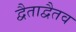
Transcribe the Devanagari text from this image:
द्वैताद्वैतव